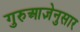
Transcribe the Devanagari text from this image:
गुरुआज्ञेनुसार